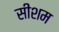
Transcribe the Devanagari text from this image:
सीशम